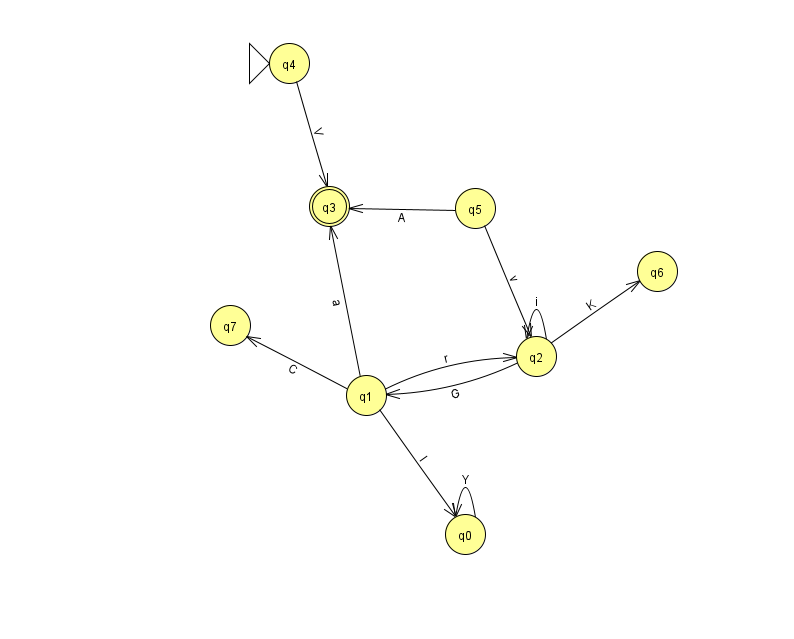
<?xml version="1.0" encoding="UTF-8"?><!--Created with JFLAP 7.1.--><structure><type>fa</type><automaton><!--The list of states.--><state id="0" name="q0"><x>465.0</x><y>521.0</y></state><state id="1" name="q1"><x>366.0</x><y>382.0</y></state><state id="2" name="q2"><x>536.0</x><y>343.0</y></state><state id="3" name="q3"><x>329.0</x><y>193.0</y><final/></state><state id="4" name="q4"><x>289.0</x><y>50.0</y><initial/></state><state id="5" name="q5"><x>475.0</x><y>195.0</y></state><state id="6" name="q6"><x>657.0</x><y>258.0</y></state><state id="7" name="q7"><x>230.0</x><y>312.0</y></state><!--The list of transitions.--><transition><from>1</from><to>0</to><read>l</read></transition><transition><from>2</from><to>6</to><read>K</read></transition><transition><from>1</from><to>7</to><read>C</read></transition><transition><from>4</from><to>3</to><read>V</read></transition><transition><from>1</from><to>3</to><read>a</read></transition><transition><from>0</from><to>0</to><read>Y</read></transition><transition><from>2</from><to>2</to><read>i</read></transition><transition><from>1</from><to>2</to><read>r</read></transition><transition><from>5</from><to>3</to><read>A</read></transition><transition><from>5</from><to>2</to><read>v</read></transition><transition><from>2</from><to>1</to><read>G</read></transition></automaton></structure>